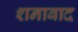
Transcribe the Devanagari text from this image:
शनाबाद